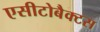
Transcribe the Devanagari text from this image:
एसीटोबैक्टस